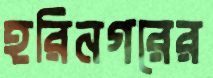
হরিনগরের